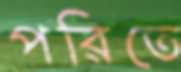
পরিতে